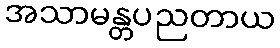
အသာမန္တပညတာယ